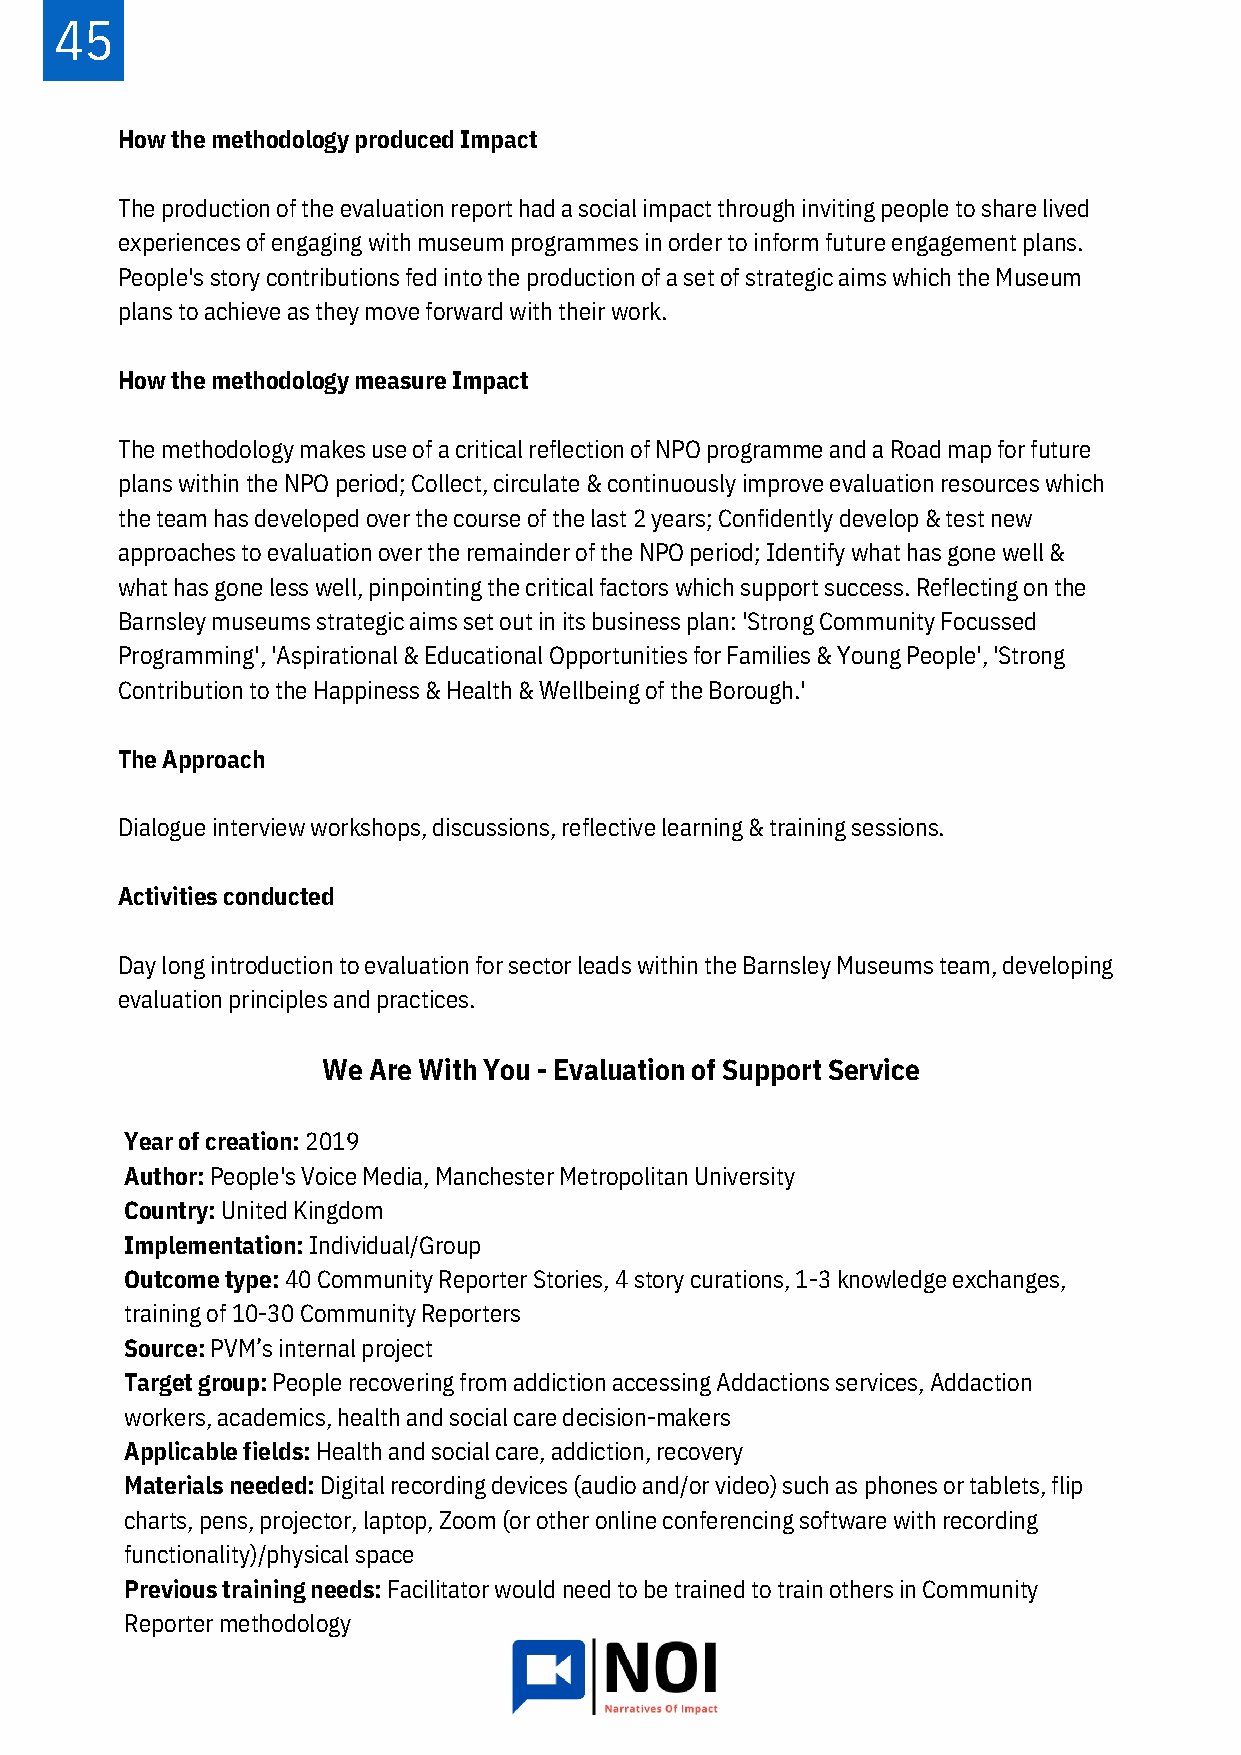
45
 How the methodology produced Impact
 The production of the evaluation report had a social impact through inviting people to share lived
 experiences of engaging with museum programmes in order to inform future engagement plans.
 People's story contributions fed into the production of a set of strategic aims which the Museum
 plans to achieve as they move forward with their work.
 How the methodology measure Impact
 The methodology makes use of a critical reflection of NPO programme and a Road map for future
 plans within the NPO period; Collect, circulate & continuously improve evaluation resources which
 the team has developed over the course of the last 2 years; Confidently develop & test new
 approaches to evaluation over the remainder of the NPO period; Identify what has gone well &
 what has gone less well, pinpointing the critical factors which support success. Reflecting on the
 Barnsley museums strategic aims set out in its business plan: 'Strong Community Focussed
 Programming', 'Aspirational & Educational Opportunities for Families & Young People', 'Strong
 Contribution to the Happiness & Health & Wellbeing of the Borough.'
 The Approach
 Dialogue interview workshops, discussions, reflective learning & training sessions.
 Activities conducted
 Day long introduction to evaluation for sector leads within the Barnsley Museums team, developing
 evaluation principles and practices.
 We Are With You - Evaluation of Support Service
 Year of creation: 2019
 Author: People's Voice Media, Manchester Metropolitan University
 Country: United Kingdom
 Implementation: Individual/Group
 Outcome type: 40 Community Reporter Stories, 4 story curations, 1-3 knowledge exchanges,
 training of 10-30 Community Reporters
 Source: PVM’s internal project
 Target group: People recovering from addiction accessing Addactions services, Addaction
 workers, academics, health and social care decision-makers
 Applicable fields: Health and social care, addiction, recovery
 Materials needed: Digital recording devices (audio and/or video) such as phones or tablets, flip
 charts, pens, projector, laptop, Zoom (or other online conferencing software with recording
 functionality)/physical space
 Previous training needs: Facilitator would need to be trained to train others in Community
 Reporter methodology